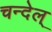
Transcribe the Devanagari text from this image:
चन्देल्